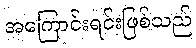
အကြောင်းရင်းဖြစ်သည်